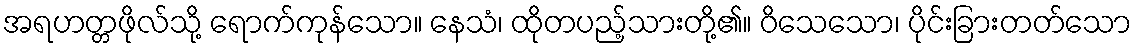
အရဟတ္တဖိုလ်သို့ ရောက်ကုန်သော။ နေသံ၊ ထိုတပည့်သားတို့၏။ ဝိသေသော၊ ပိုင်းခြားတတ်သော